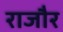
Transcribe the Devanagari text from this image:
राजौर